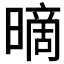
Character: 𰖪